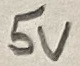
Text: 5V